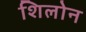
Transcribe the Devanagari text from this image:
शिलोन